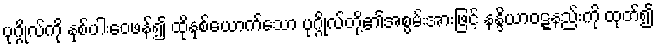
ပုဂ္ဂိုလ်ကို နှစ်ပါးဝေဖန်၍ ထိုနှစ်ယောက်သော ပုဂ္ဂိုလ်တို့၏အစွမ်းအားဖြင့် နန္ဒိယာဝဋ္ဋနည်းကို ထုတ်၍